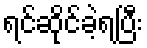
ရင်ဆိုင်ခဲ့ရပြီး